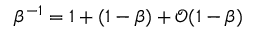
\beta ^ { - 1 } = 1 + ( 1 - \beta ) + \mathcal { O } ( 1 - \beta )